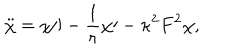
LaTeX: \ddot { \chi } = \chi \prime \prime - \frac { 1 } { r } \chi \prime - \kappa ^ { 2 } F ^ { 2 } \chi ,